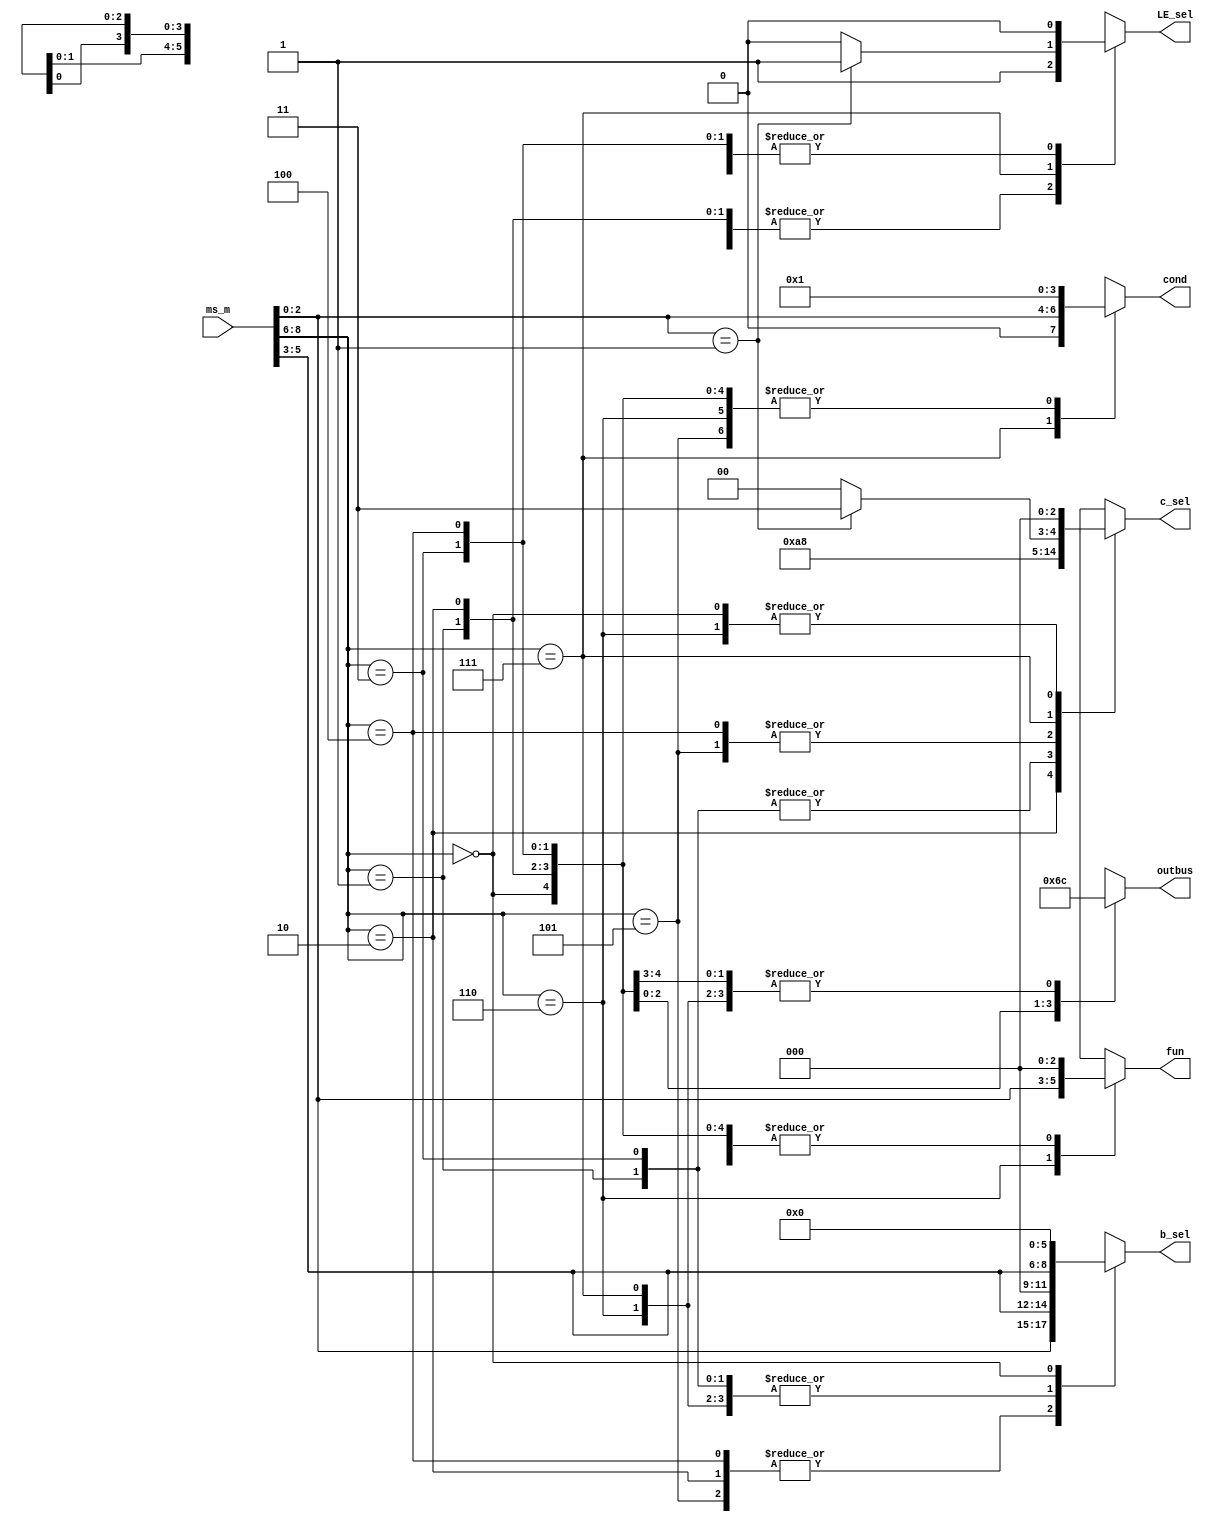
`timescale 1ns / 1ps
//////////////////////////////////////////////////////////////////////////////////
// Company: 
// Engineer: 
// 
// Design Name: 
// Module Name: deco
// Project Name: 
// Target Devices: 
// Tool Versions: 
// Description: 
// 
// Dependencies: 
// 
// Revision:
// Revision 0.01 - File Created
// Additional Comments:
// 
//////////////////////////////////////////////////////////////////////////////////


module deco(

    input [8:0] ms_m,
    output reg[2:0] fun,
    output reg[5:0] b_sel,
    output reg[3:0] cond,
    output reg LE_sel,
    output reg[1:0] outbus,
    output reg[2:0] c_sel
    );
    always @(ms_m) 
    begin
    case (ms_m [8:6])
    3'b001: begin
    fun<=0; b_sel<={3'b000,ms_m[5:3]}; LE_sel<=1; outbus<=2'b00; c_sel<=3'b010; cond<=4'b0001; end
    3'b010: begin
    fun<=0; b_sel<={ms_m[2:0],ms_m[5:3]}; LE_sel<=1; outbus<=2'b01; c_sel<=3'b001; cond<=4'b0001; end
    3'b011: begin
    fun<=0; b_sel<={3'b000,ms_m[5:3]}; LE_sel<=0; outbus<=2'b10; c_sel<=3'b010; cond<=4'b0001; end
    3'b100: begin
    fun<=0; b_sel<={ms_m[2:0],ms_m[5:3]}; LE_sel<=0; outbus<=2'b11; c_sel<=3'b100; cond<=4'b0001; end
    3'b101: begin
    fun<=0; b_sel<={ms_m[2:0],ms_m[5:3]}; LE_sel<=1; outbus<=2'b00; c_sel<=3'b100; cond<=4'b0001; end
    3'b110: begin
    fun<=ms_m[2:0]; b_sel<={3'b000,ms_m[5:3]}; LE_sel<=1; outbus<=2'b00; c_sel<=3'b000; cond<=4'b0001; end
    3'b111: begin
    if(ms_m[2:0]==3'b001)
    begin
    c_sel<=3'b011;
    LE_sel<=1;fun<=0; b_sel<={3'b000,ms_m[5:3]};  outbus<=2'b00;  cond<={1'b0,ms_m[2:0]};
    end
    else
    begin
    c_sel<=3'd0;
    LE_sel<=0;fun<=0; b_sel<={3'b000,ms_m[5:3]};  outbus<=2'b00;  cond<={1'b0,ms_m[2:0]};
    end
    end
    3'b000: begin
    fun<=0; b_sel<=0; LE_sel<=0; outbus<=2'b00; c_sel<=3'b000; cond<=4'b0001; end
    endcase
    end
endmodule